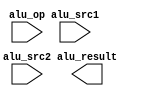
module alu(
    input  [11:0] alu_op,
    input  [31:0] alu_src1,
    input  [31:0] alu_src2,
    output [31:0] alu_result
);

endmodule